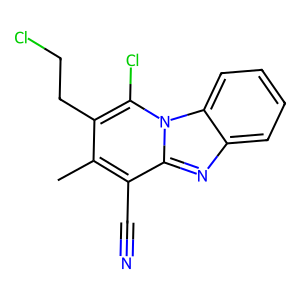
SMILES: Cc1c(CCCl)c(Cl)n2c(nc3ccccc32)c1C#N
Inhibits HIV replication: No